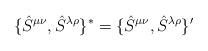
LaTeX: \begin{align*}\{\hat{S}^{\mu \nu }, \hat{S}^{\lambda \rho }\}^*=\{\hat{S}^{\mu \nu }, \hat{S}^{\lambda \rho }\}'\end{align*}